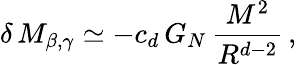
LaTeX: \delta\, M_{\beta,\gamma}\simeq-c_{d}\, G_{N}\, \frac{M^{2}}{R^{d-2}}\, ,